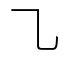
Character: ㇈